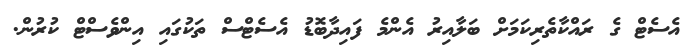
އެސެޓް ގެ ރައްކާތެރިކަމަށް ބަލާއިރު އެންމެ ފައިދާބޮޑު އެސެޓްސް ތަކުގައި އިންވެސްޓް ކުރުން.